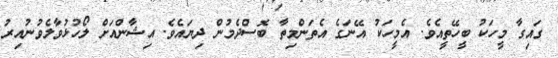
ގައިގާ މީހަކު ބީހޭތީއެވެ. އެމީހަކު އޭނަގެ އެތަންމިތާ ބޮސްދެމުން ދިޔައެވެ. އިޝާންއަށް ލޯހުޅުވާލެވުނުއިރު